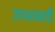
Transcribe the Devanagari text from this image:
उपआबादी